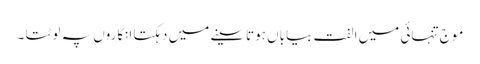
موج تنہائی میں الفت بیاباں ہوتاسینے میں دہکتا انگاروں پہ لوٹتا ۔